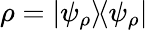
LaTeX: \rho=|\psi_{\rho}\rangle\! \langle\psi_{\rho}|